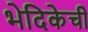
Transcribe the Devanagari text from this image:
भेदिकेची